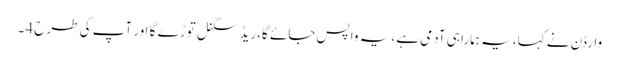
وارڈن نے کہا، یہ ہمارا ہی آدمی ہے ،یہ واپس جائے گا،ریڈ سگنل توڑے گا اور آپ کی طرح 4۔